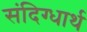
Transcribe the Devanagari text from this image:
संदिग्धार्थ